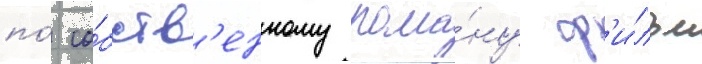
по́ со́бств'енному рома́ну ф'и́льм